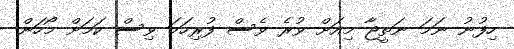
ހިފުނު ނަމަ ނަތީޖާ މިއަށް ވުރެ ވެސް ފުރިހަމަ ވިސް ކަމަށް މޯހަން